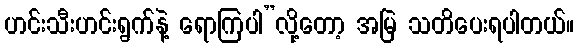
ဟင်းသီးဟင်းရွက်နဲ့ ရောကြပါ”လို့တော့ အမြဲ သတိပေးရပါတယ်။